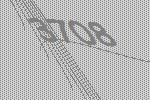
3708